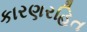
કારણરહિત